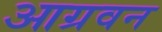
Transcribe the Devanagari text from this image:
आग्रवन